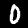
Label: 0